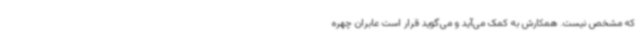
که مشخص نیست. همکارش به کمک می‌آید و می‌گوید قرار است عابران چهره